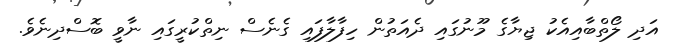
އަދި ލޯތްބާއިއެކު ޖިޔާގެ މޫނުގައި ދެއަތުން ހިފާލާފައި ގެނެސް ނިތްކުރީގައި ނާވީ ބޮސްދިނެވެ.